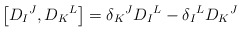
\begin{align*}\left[ D_I{}^J,D_K{}^L \right] = \delta_K{}^J D_I{}^L - \delta_I{}^LD_K{}^J\end{align*}